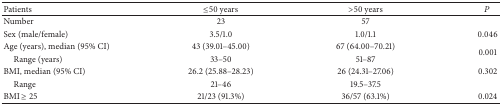
<table><thead><tr><td><b>Patients </b></td><td><b>≤50 years</b></td><td><b>&gt;50 years </b></td><td><b><i>P</i></b></td></tr></thead><tbody><tr><td>Number </td><td>23</td><td>57</td><td> </td></tr><tr><td>Sex (male/female)</td><td>3.5/1.0</td><td>1.0/1.1</td><td>0.046</td></tr><tr><td>Age (years), median (95% CI)</td><td>43 (39.01–45.00)</td><td>67 (64.00–70.21)</td><td rowspan="2">0.001</td></tr><tr><td> Range (years)</td><td>33–50</td><td>51–87</td></tr><tr><td>BMI, median (95% CI)</td><td>26.2 (25.88–28.23)</td><td>26 (24.31–27.06)</td><td>0.302</td></tr><tr><td> Range</td><td>21–46 </td><td>19.5–37.5 </td><td> </td></tr><tr><td>BMI ≥ 25 </td><td>21/23 (91.3%)</td><td>36/57 (63.1%)</td><td>0.024</td></tr></tbody></table>